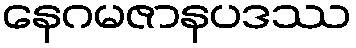
နေဂမဇာနပဒဿ